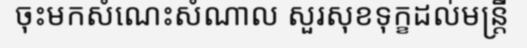
ចុះមកសំណេះសំណាល សួរសុខទុក្ខដល់មន្ត្រី